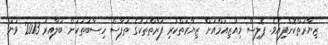
ޒިޔާރަތްކޮށްފިއެވެ. ޕޮލިސް މިއުޒިއަމްއަށް ޒިޔާރަތްކުރި ފަރާތްތަކުގެ ތަފާސް ހިސާބުތަކަށް ބަލާއިރު 2013 ވަނަ